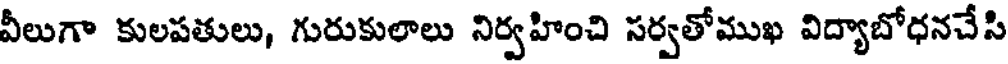
వీలుగా కులపతులు, గురుకులాలు నిర్వహించి సర్వతోముఖ విద్యాబోధనచేసి